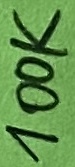
Text: 100K